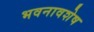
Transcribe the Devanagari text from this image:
भवनावशेष